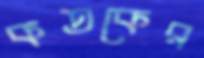
কতকের